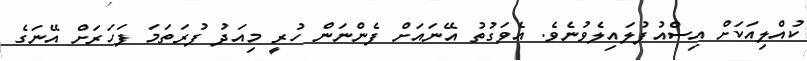
ކުއްލިއަކަށް އިސްއުފުލައިލެވުނެވެ. އެވަގުތު އޭނައަށް ފެންނަން ހުރީ މިއަދު ފުރަތަމަ ފަހަރަށް އޭނަގެ